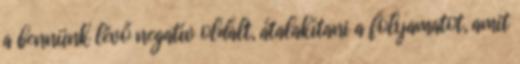
a bennünk lévő negatív oldalt, átalakítani a folyamatot, amit